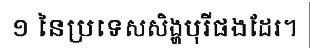
១ នៃប្រទេសសិង្ហបុរីផងដែរ។